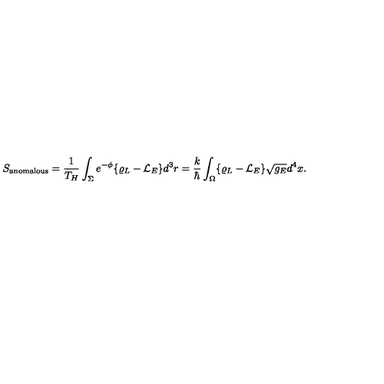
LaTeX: S _ { \mathrm { a n o m a l o u s } } = { \frac { 1 } { T _ { H } } } \int _ { \Sigma } e ^ { - \phi } \{ \varrho _ { L } - { \cal L } _ { E } \} d ^ { 3 } r = { \frac { k } { \hbar } } \int _ { \Omega } \{ \varrho _ { L } - { \cal L } _ { E } \} \sqrt { g _ { E } } d ^ { 4 } x .